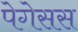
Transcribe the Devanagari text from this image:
पेगेसस